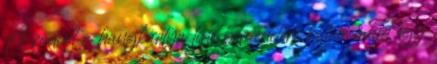
A rádiót a hangkártya line bemenetére kötve, majd egy